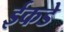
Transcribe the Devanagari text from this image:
ईकडे